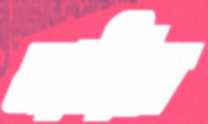
নাঠার